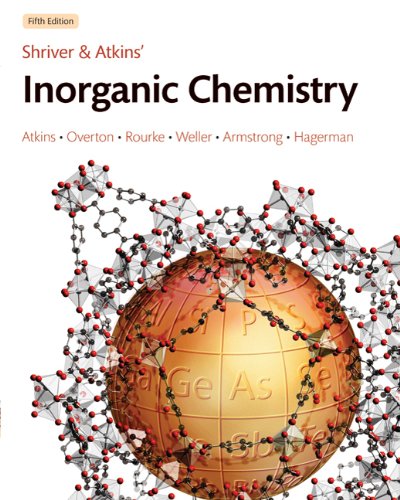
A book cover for Inorganic Chemistry; Duward Shriver; Science & Math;